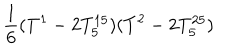
LaTeX: \frac { 1 } { 6 } ( T ^ { 1 } - 2 T _ { 5 } ^ { 1 5 } ) ( T ^ { 2 } - 2 T _ { 5 } ^ { 2 5 } )